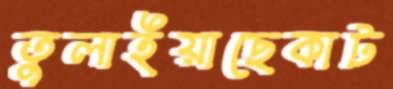
তুলাইয়াছেকাট